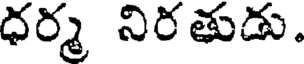
ధర్మ నిరతుడు.